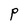
Character: P